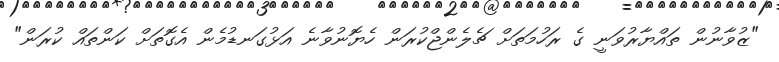
"ޒުވާނުން ތައްޔާރުވަނީ ގެ ރަހުމަތަށް ޗެލެންޖްކުރަން ހެޔޮނުވާނެ އަޅުގަނޑުމެން އެގޮތަށް ކަންތައް ކުރަން"